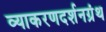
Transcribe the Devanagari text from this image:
व्याकरणदर्शनग्रंथ